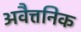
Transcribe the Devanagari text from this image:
अवैत्तनिक